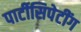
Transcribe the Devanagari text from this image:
पार्टीसिपेटींग